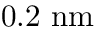
0 . 2 \ \mathrm { n m }